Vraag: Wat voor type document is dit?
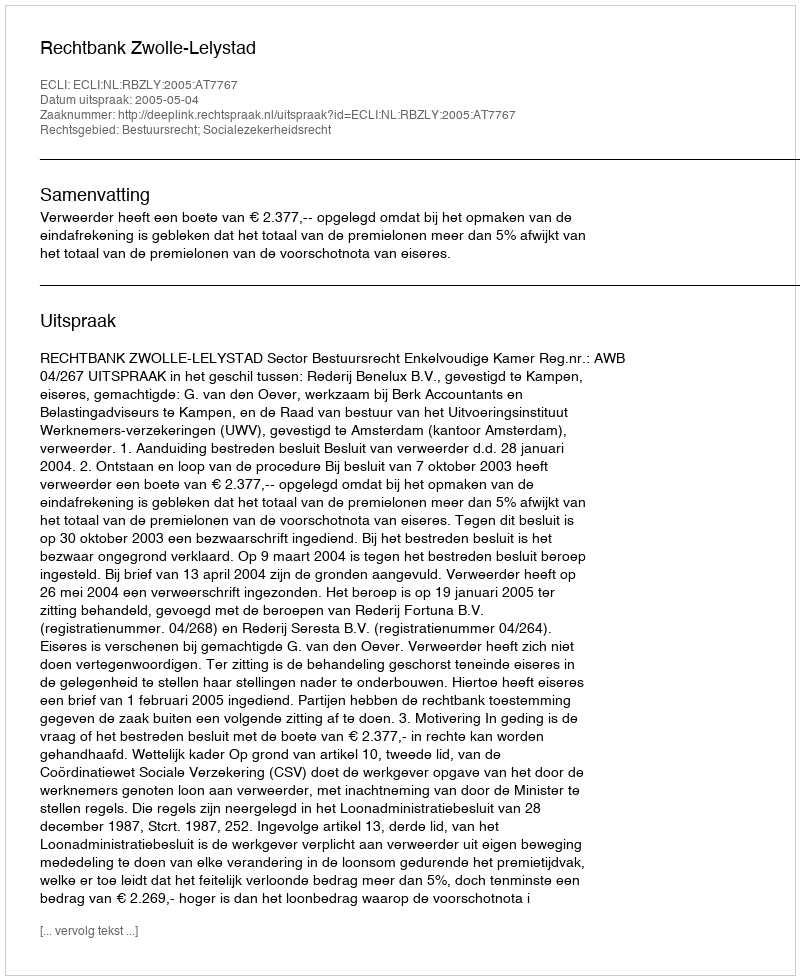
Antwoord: Uitspraak